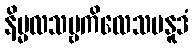
နိမ္မလသဗ္ဗကိလေသပနူဒံ